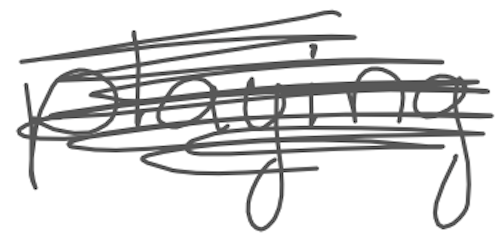
Text: playing
Cross-out: scratch
Writing tool: digital_gray